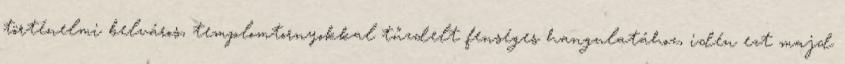
történelmi belváros, templomtornyokkal tűzdelt fenséges hangulatához, idén ezt majd